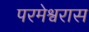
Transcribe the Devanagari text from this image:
परमेश्वरास